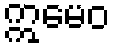
ဣမေဝ